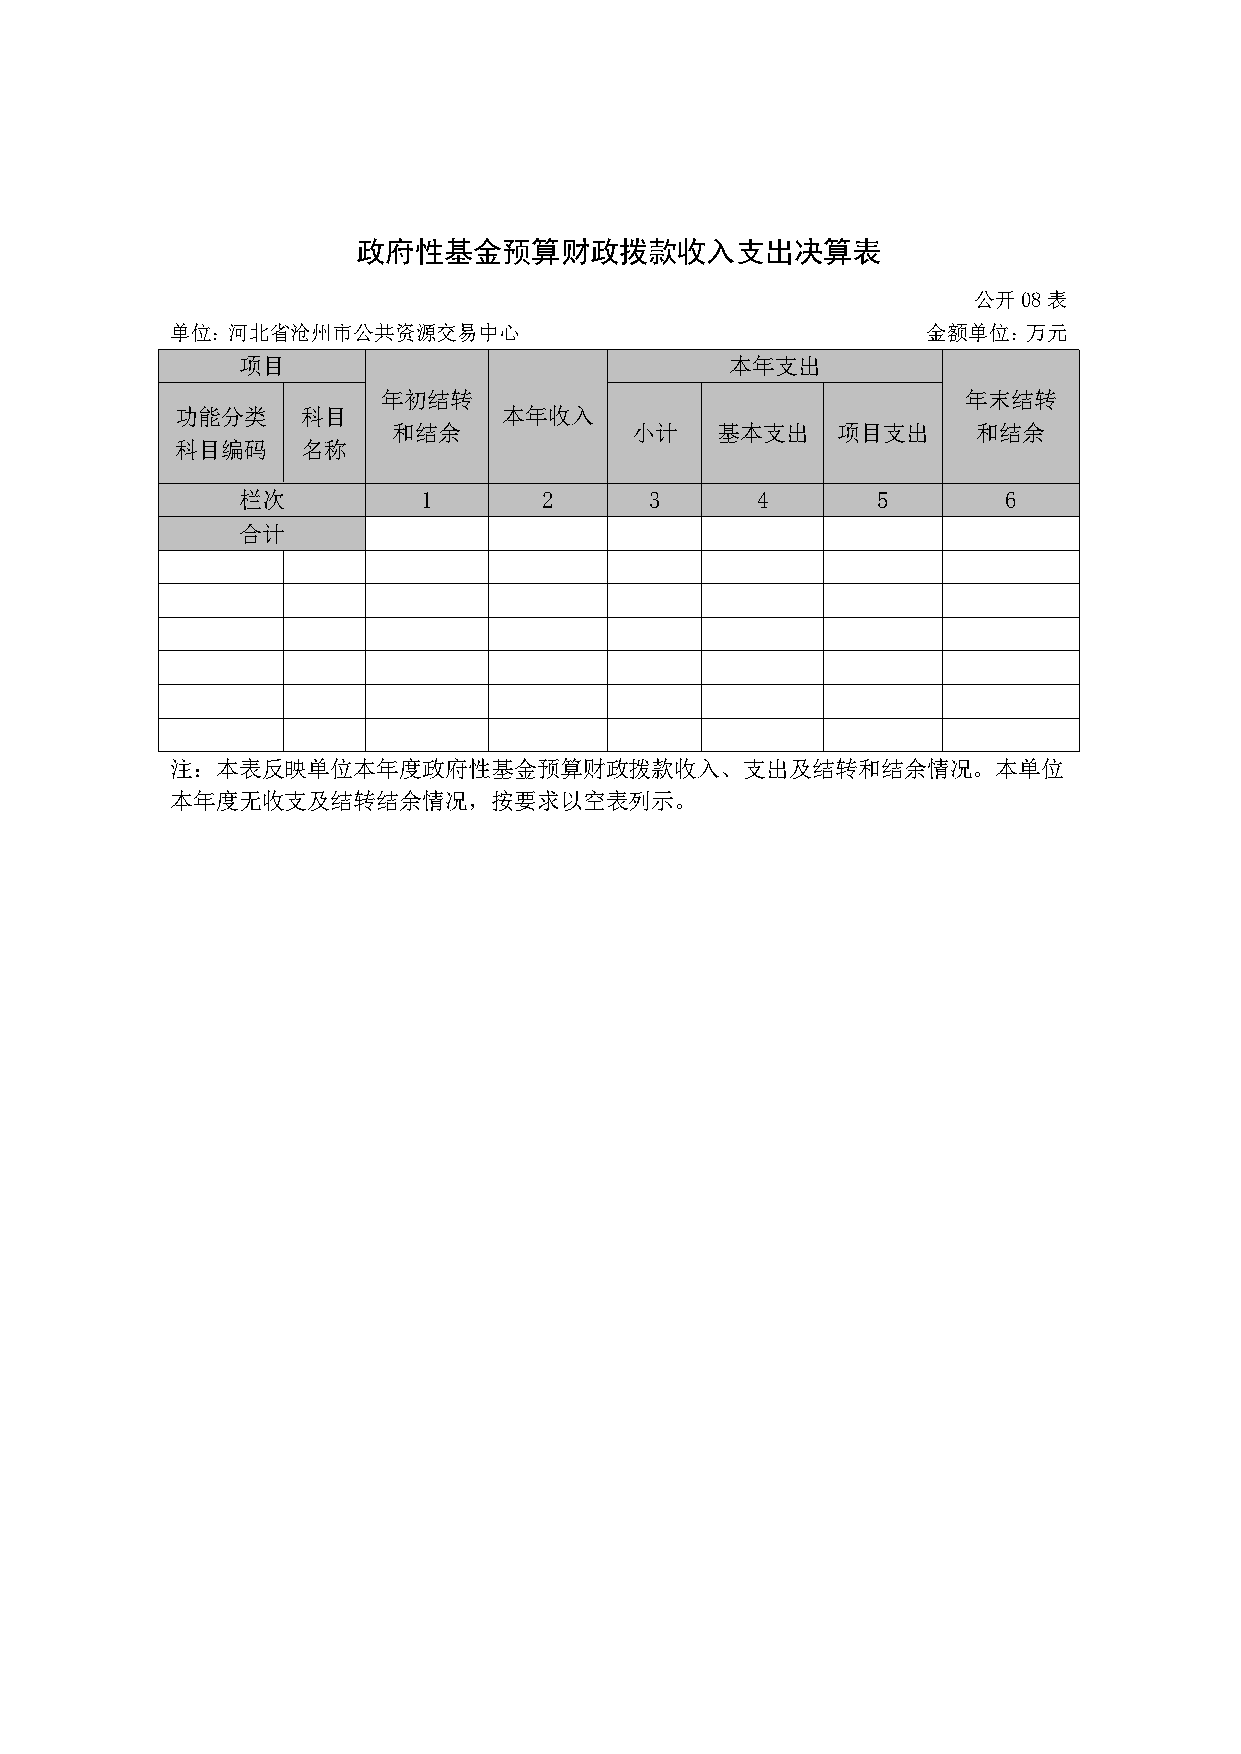
政府性基金预算财政拨款收入支出决算表
 公开08表
 单位：河北省沧州市公共资源交易中心                                 金额单位：万元
 项目                              本年支出
 年初结转                                   年末结转
 功能分类    科目           本年收入
 和结余             小计   基本支出    项目支出      和结余
 科目编码    名称
 栏次          1       2      3      4       5        6
 合计
 注：本表反映单位本年度政府性基金预算财政拨款收入、支出及结转和结余情况。本单位
 本年度无收支及结转结余情况，按要求以空表列示。